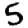
Digit: 5